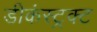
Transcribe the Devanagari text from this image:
डीकंस्ट्रक्ट